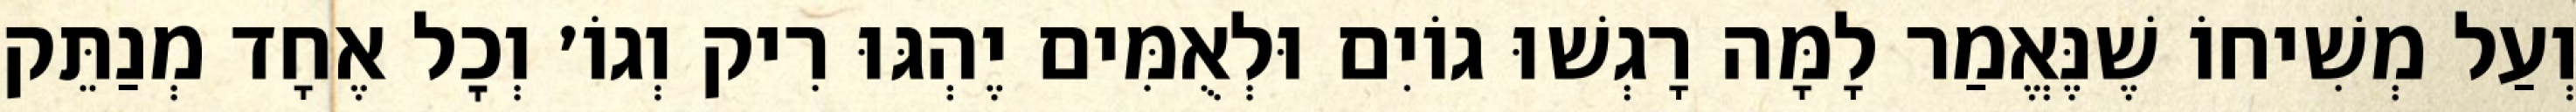
וְעַל מְשִׁיחוֹ שֶׁנֶּאֱמַר לָמָּה רָגְשׁוּ גוֹיִם וּלְאֻמִּים יֶהְגּוּ רִיק וְגוֹ׳ וְכׇל אֶחָד מְנַתֵּק